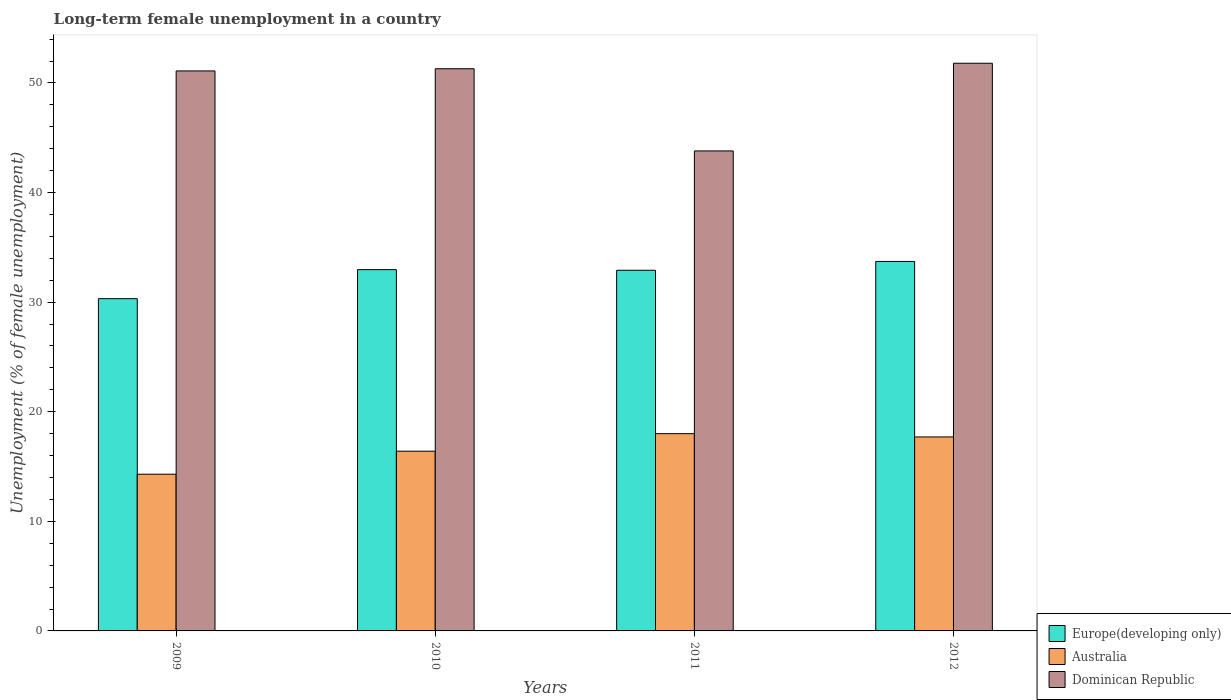
| Years | Europe(developing only) | Australia | Dominican Republic |
 | --- | --- | --- | --- |
 | 2009 | 30.3 | 14.3 | 51.1 |
 | 2010 | 33 | 16.4 | 51.3 |
 | 2011 | 32.9 | 18 | 43.8 |
 | 2012 | 33.7 | 17.7 | 51.8 |